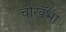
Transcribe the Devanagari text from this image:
चौखँभा